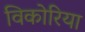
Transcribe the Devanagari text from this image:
विकोरिया